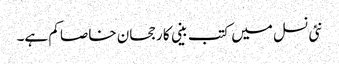
نئی نسل میں کتب بینی کا رجحان خاصا کم ہے۔